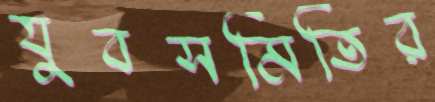
যুবসমিতির